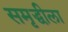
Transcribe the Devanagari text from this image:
समृद्धीला